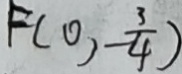
F ( 0 , - \frac { 3 } { 4 } )